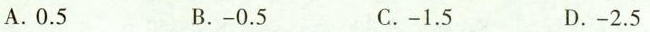
A.0.5 B.-0.5 C.-1.5 D.-2.5